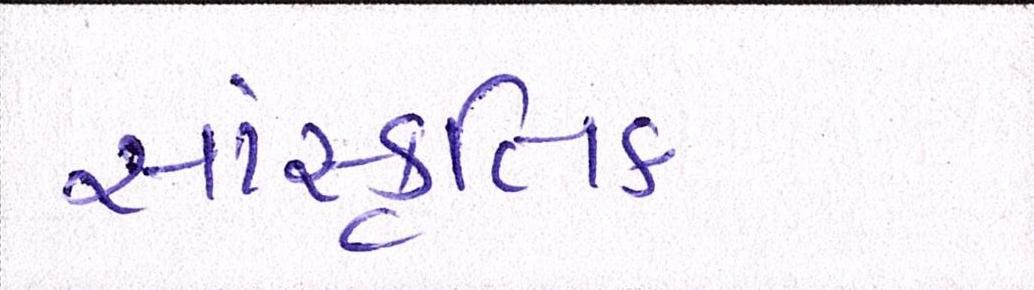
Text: સાંસ્કૃતિક